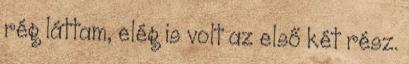
rég láttam, elég is volt az első két rész.